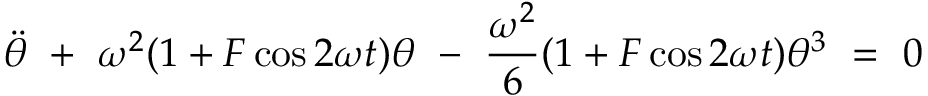
\Ddot { \theta } \ + \ \omega ^ { 2 } ( 1 + F \cos 2 \omega t ) \theta \ - \ \frac { \omega ^ { 2 } } { 6 } ( 1 + F \cos 2 \omega t ) \theta ^ { 3 } \ = \ 0